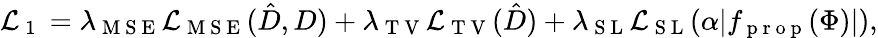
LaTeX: \mathcal{L}_{\mathrm{~1~}}=\lambda_{\mathrm{~M~S~E~}}\mathcal{L}_{\mathrm{~M~S~E~}}(\hat{D},D)+\lambda_{\mathrm{~T~V~}}\mathcal{L}_{\mathrm{~T~V~}}(\hat{D})+\lambda_{\mathrm{~S~L~}}\mathcal{L}_{\mathrm{~S~L~}}(\alpha|f_{\mathrm{~p~r~o~p~}}(\Phi)|),